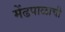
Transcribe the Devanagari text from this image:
मेंढपाळाची